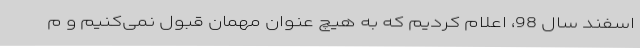
اسفند سال 98، اعلام کردیم که به هیچ عنوان مهمان قبول نمی‌کنیم و م